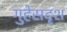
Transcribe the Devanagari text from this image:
गुहेसदृश